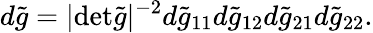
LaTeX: d\tilde{g}=|\mathrm{det}\tilde{g}|^{-2}d\tilde{g}_{11}d\tilde{g}_{12}d\tilde{g}_{21}d\tilde{g}_{22}.